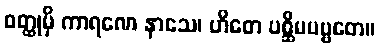
ဝတ္ထုမှိ ကာရဏေ နာသေ၊ ဟိတေ ပစ္ဆိမပဗ္ဗတေ။